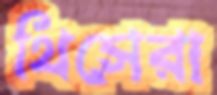
থিসেরা